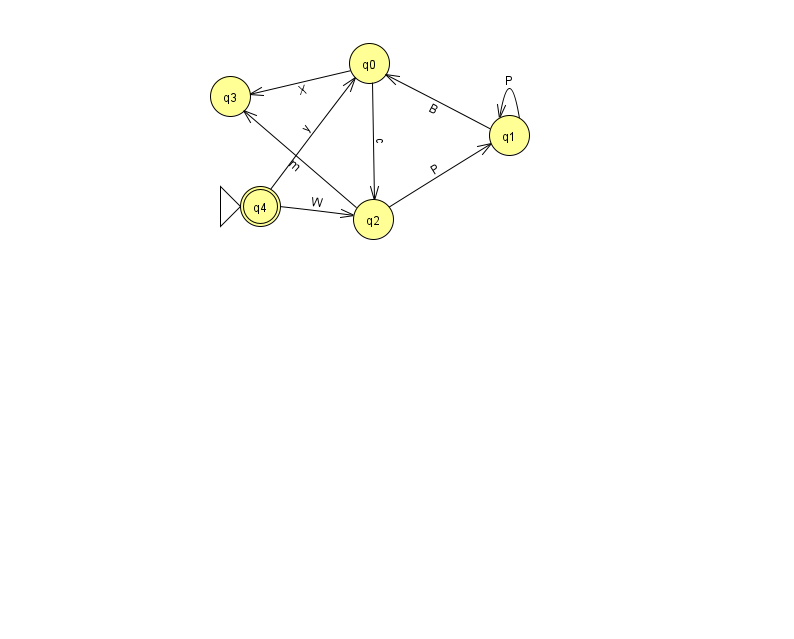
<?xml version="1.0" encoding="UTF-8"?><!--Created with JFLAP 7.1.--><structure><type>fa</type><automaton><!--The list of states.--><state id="0" name="q0"><x>369.0</x><y>50.0</y></state><state id="1" name="q1"><x>509.0</x><y>122.0</y></state><state id="2" name="q2"><x>373.0</x><y>206.0</y></state><state id="3" name="q3"><x>230.0</x><y>83.0</y></state><state id="4" name="q4"><x>260.0</x><y>193.0</y><initial/><final/></state><!--The list of transitions.--><transition><from>1</from><to>1</to><read>P</read></transition><transition><from>0</from><to>3</to><read>X</read></transition><transition><from>0</from><to>2</to><read>c</read></transition><transition><from>2</from><to>3</to><read>m</read></transition><transition><from>4</from><to>0</to><read>y</read></transition><transition><from>1</from><to>0</to><read>B</read></transition><transition><from>2</from><to>1</to><read>P</read></transition><transition><from>4</from><to>2</to><read>W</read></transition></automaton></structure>